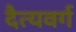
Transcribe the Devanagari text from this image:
दैत्यवर्ग